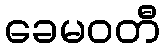
ခေမဝတီ